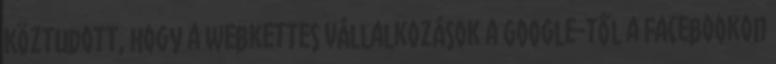
Köztudott, hogy a webkettes vállalkozások a Google-től a Facebookon